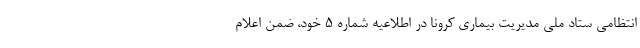
انتظامی ستاد ملی مدیریت بیماری کرونا در اطلاعیه شماره ۵ خود، ضمن اعلام